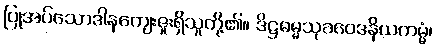
ပြုအပ်သောဒါနကျေးဇူးရှိသူတို့၏။ ဒိဋ္ဌဓမ္မသုခဝေဒနိယကမ္မံ၊